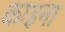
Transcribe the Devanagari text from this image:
काइना